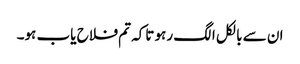
ان سے بالکل الگ رہو تاکہ تم فلاح یاب ہو۔